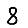
Digit: 8